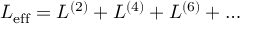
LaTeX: { \cal L } _ { \mathrm { e f f } } = { \cal L } ^ { ( 2 ) } + { \cal L } ^ { ( 4 ) } + { \cal L } ^ { ( 6 ) } + \dots